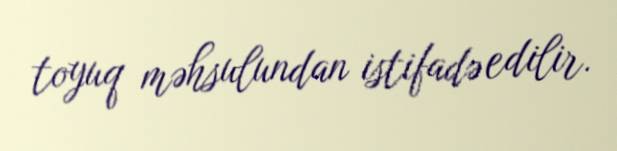
toyuq məhsulundan istifadə edilir.